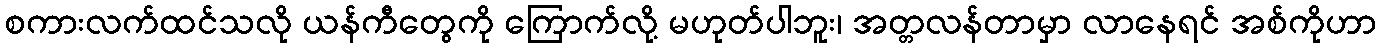
စကားလက်ထင်သလို ယန်ကီတွေကို ကြောက်လို့ မဟုတ်ပါဘူး၊ အတ္တလန်တာမှာ လာနေရင် အစ်ကိုဟာ